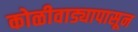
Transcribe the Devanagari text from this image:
कोळीवाड्यापासून